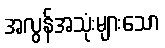
အလွန်အသုံးများသော